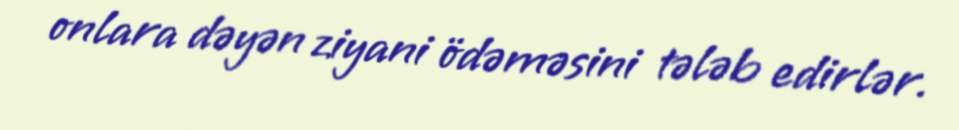
onlara dəyən ziyani ödəməsini tələb edirlər.